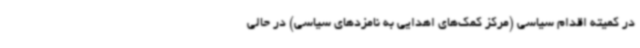
در کمیته اقدام سیاسی (مرکز کمک‌های اهدایی به نامزدهای سیاسی) در حالی